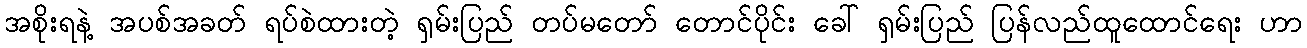
အစိုးရနဲ့ အပစ်အခတ် ရပ်စဲထားတဲ့ ရှမ်းပြည် တပ်မတော် တောင်ပိုင်း ခေါ် ရှမ်းပြည် ပြန်လည်ထူထောင်ရေး ဟာ